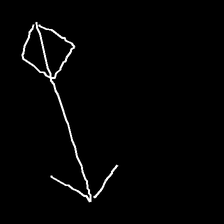
Glyph: focus